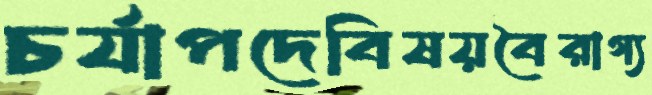
চর্যাপদেবিষয়বৈরাগ্য